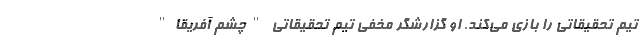
تیم تحقیقاتی را بازی می‌کند. او گزارشگر مخفی تیم تحقیقاتی "چشم آفریقا"